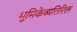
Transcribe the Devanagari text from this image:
भूमिकेव्यतिरिक्त